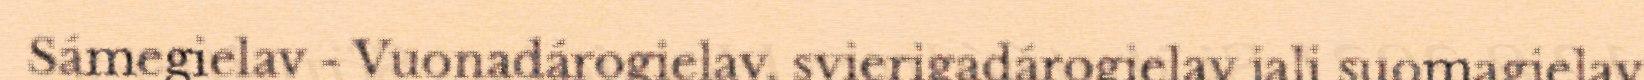
Sámegielav - Vuonadárogielav, svierigadárogielav jali suomagielav